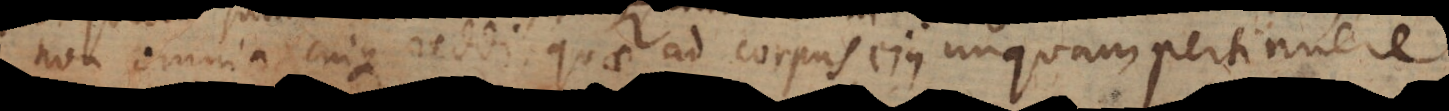
non omnia cuique reddi, quae ad corpus ejus unquam pertinuere.